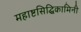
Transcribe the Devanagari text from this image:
महाष्टसिद्धिकामिनी